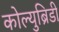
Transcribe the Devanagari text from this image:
कोल्युब्रिडी